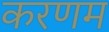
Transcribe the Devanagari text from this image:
करणम